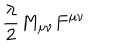
LaTeX: { \frac { \lambda } { 2 } } M _ { \mu \nu } F ^ { \mu \nu }